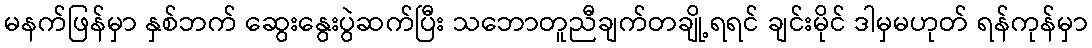
မနက်ဖြန်မှာ နှစ်ဘက် ဆွေးနွေးပွဲဆက်ပြီး သဘောတူညီချက်တချို့ရရင် ချင်းမိုင် ဒါမှမဟုတ် ရန်ကုန်မှာ